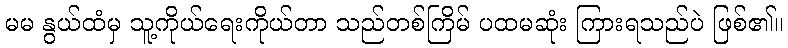
မမ နွယ်ထံမှ သူ့ကိုယ်ရေးကိုယ်တာ သည်တစ်ကြိမ် ပထမဆုံး ကြားရသည်ပဲ ဖြစ်၏။